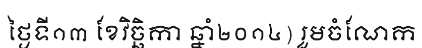
ថ្ងៃទី១៣ ខែវិច្ឆិកា ឆ្នាំ២០១៤) រួមចំណែក